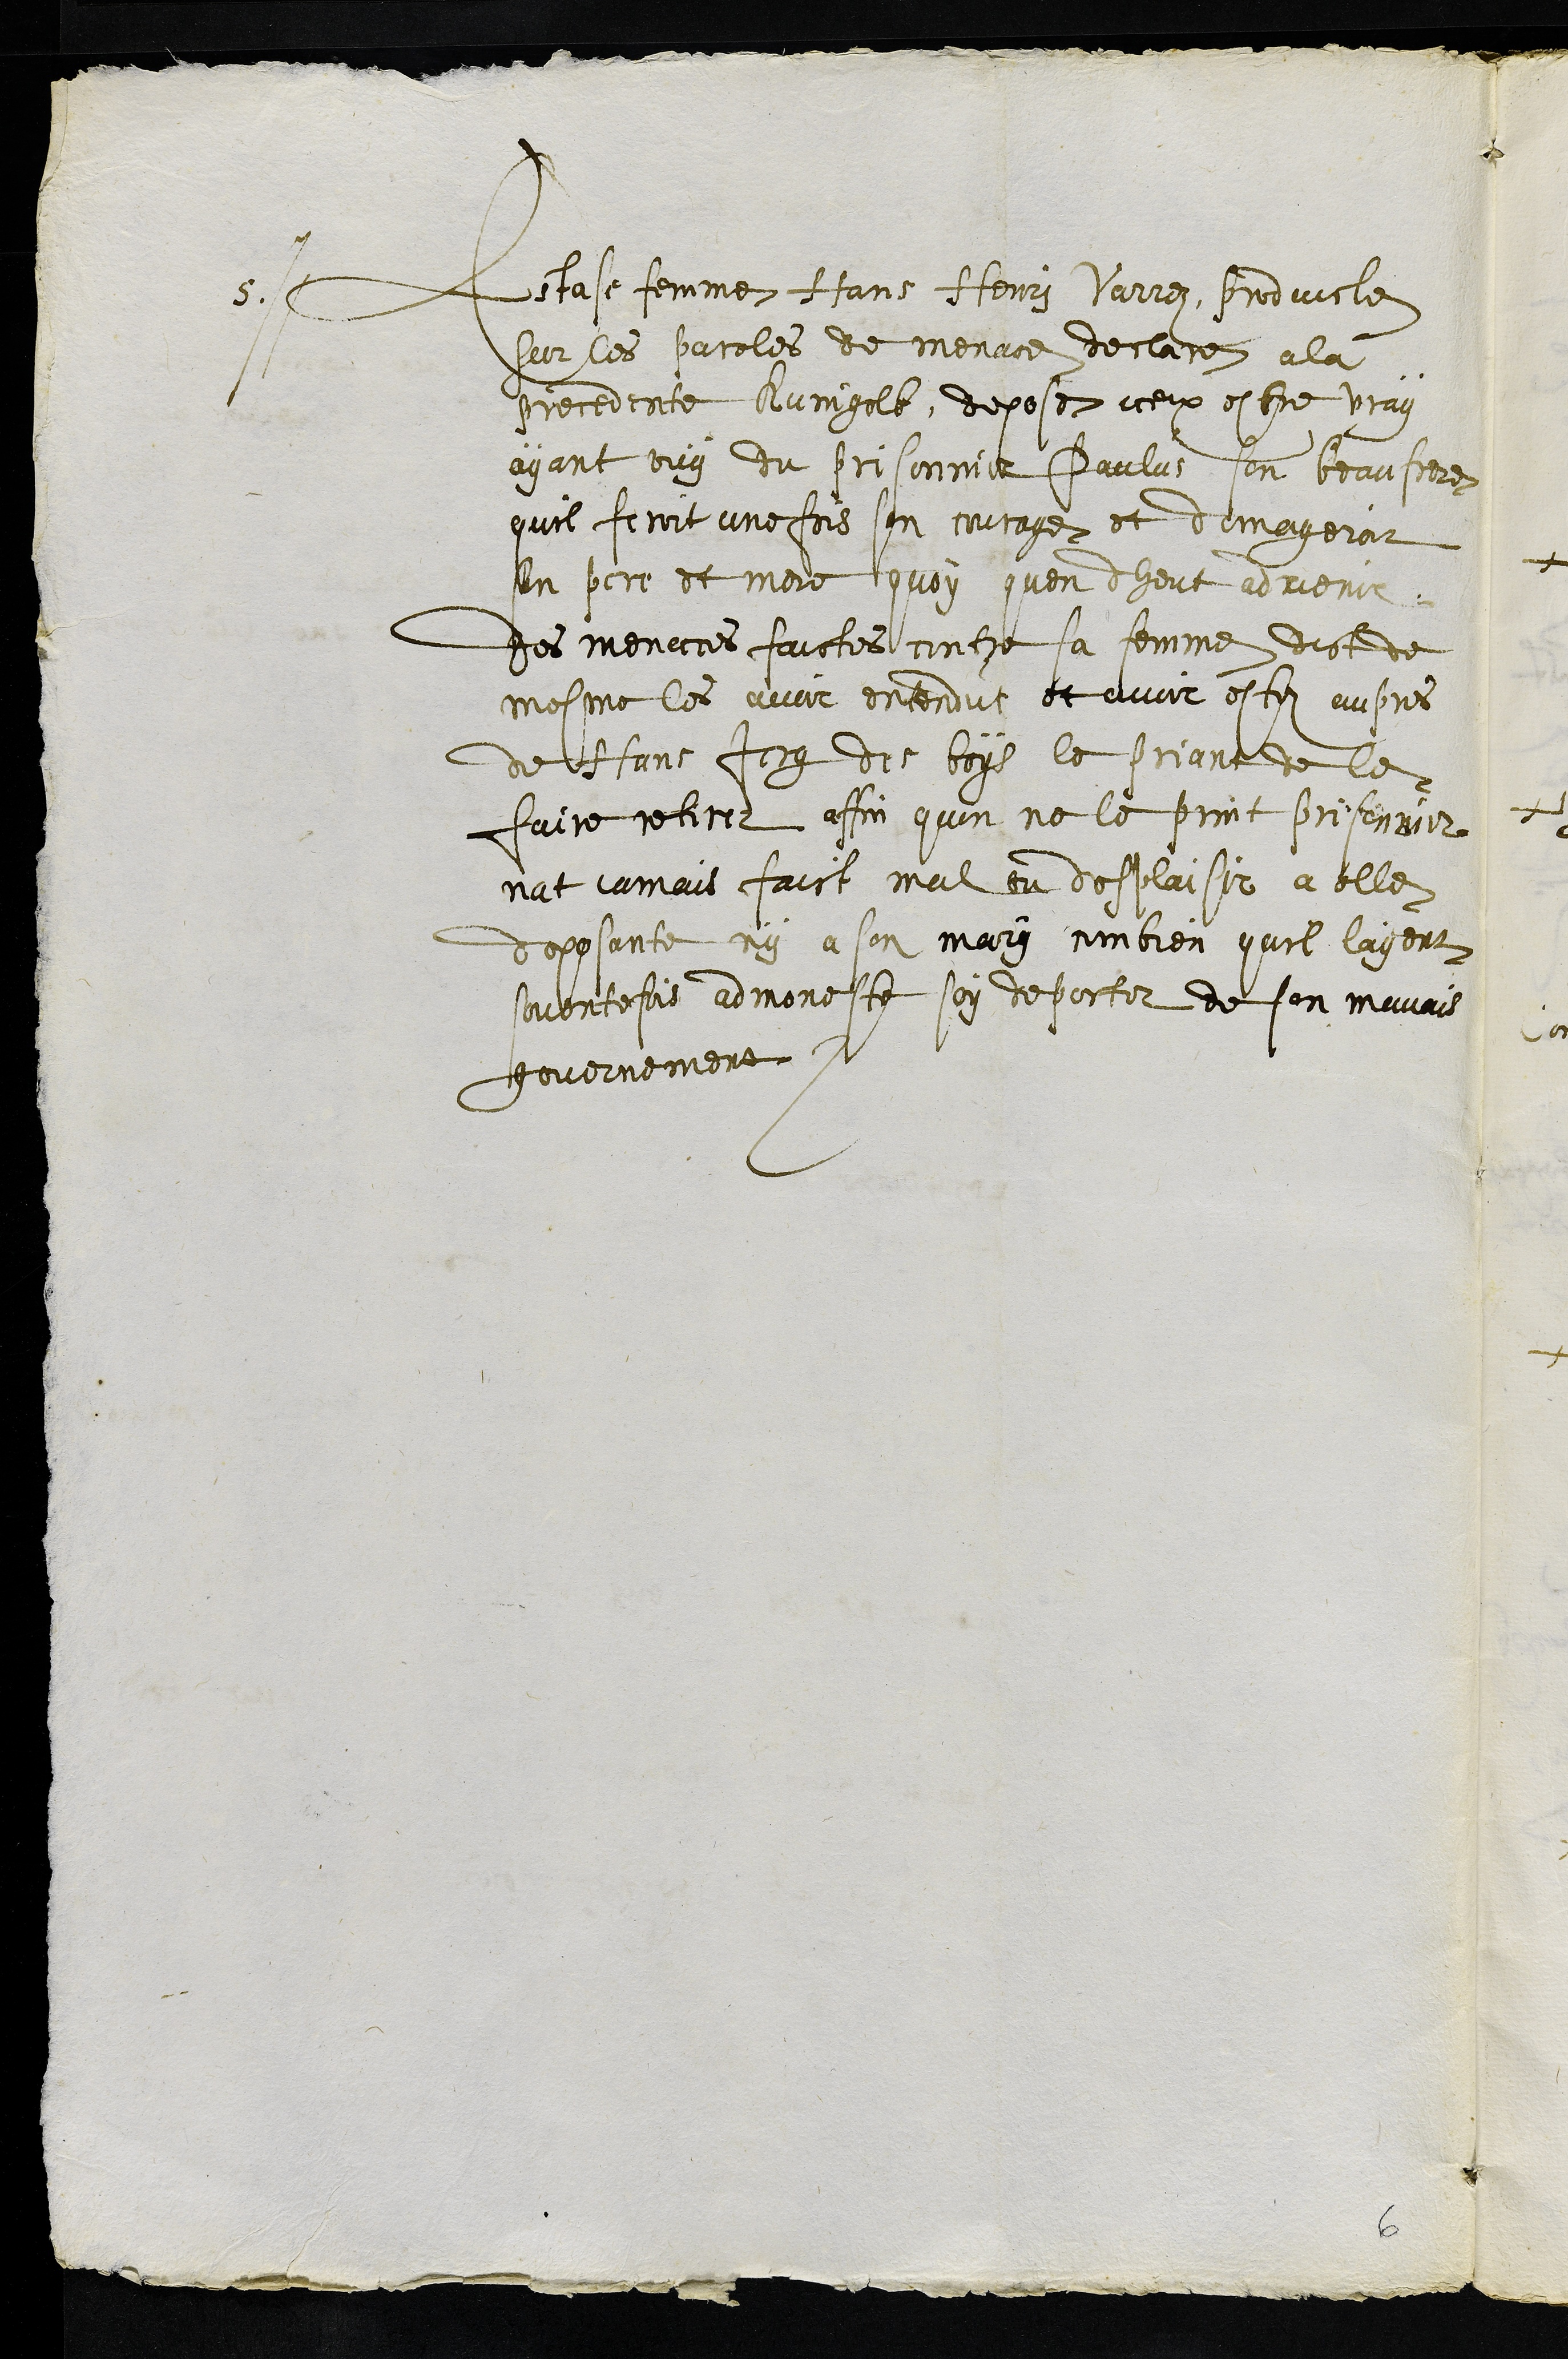
5.
Estase femme Hans Henry Varre, produicte
sur les paroles de menace declare a la
precedente Kunigolt, depose iceux estre vray
ayant ouy du prisonnier Paulus son beau frere
quil feroit une fois son courage et domageroit
son pere et mere quoy quon dheut advenir.
Des menaces faictes contre sa femme dict de
mesme les avoir entendus et avoir este aupres
de Hans Jorg des boys le priant de le
faire retirer affin quon ne le print prisonnier,
nat jamais faict mal ou desplaisir a elle
deposante ny a son mary combien quil layent
souventefois admoneste soy deporter de son mauvais
governement
6.